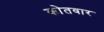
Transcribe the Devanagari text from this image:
कोतवार